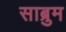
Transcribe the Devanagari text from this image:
साब्रुम